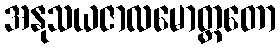
အနုသယဇာလမောတ္ထတော